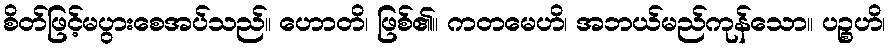
စိတ်ဖြင့်မပွားစေအပ်သည်။ ဟောတိ၊ ဖြစ်၏။ ကတမေဟိ၊ အဘယ်မည်ကုန်သော။ ပဉ္စဟိ၊